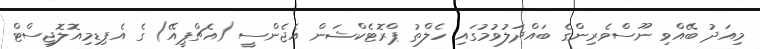
މިއަދު ބޭއްވި ނޫސްވެރިންގެ ބައްދަލުވުމުގައި ހެލްތު ޕްރޮޓެކްޝަން އެޖެންސީ (އެޗްޕީއޭ) ގެ އެޕިޑިމިއޮލޮޖިސްޓް